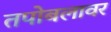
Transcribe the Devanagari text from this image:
तपोबलावर